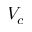
V _ { c }